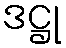
ဒဋ္ဌု